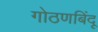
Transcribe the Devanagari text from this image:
गोठणबिंदू